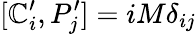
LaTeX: [\mathbb{C}_{i}^{\prime},P_{j}^{\prime}]=iM\delta_{ij}